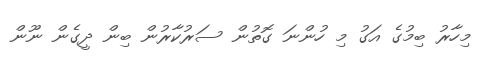
މިހާރު ބިމުގެ އަގު މި ހުންނަ ގޮތުން ސަރުކާރުން ބިން ދީގެން ނޫން